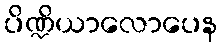
ပိဏ္ဍိယာလောပေန